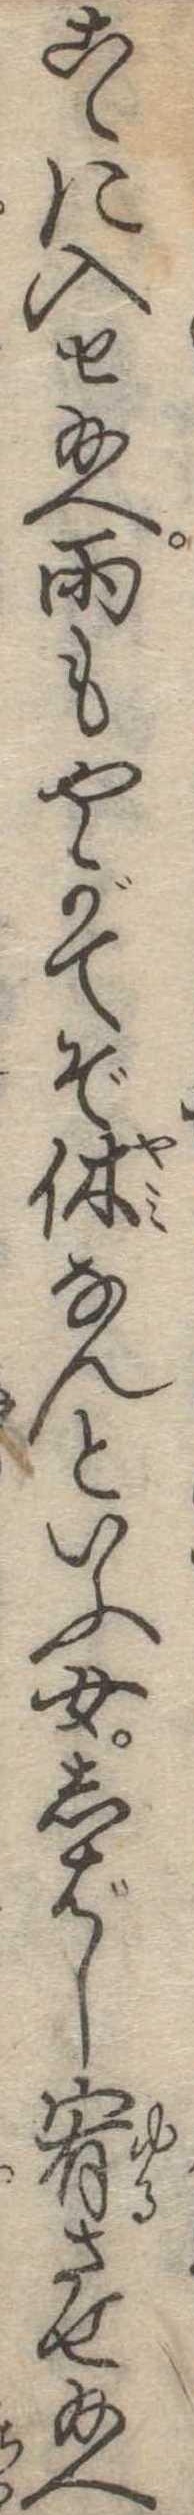
こゝに入せ給へ雨もやがてぞ休なんといふ女しばし宥させ給へ